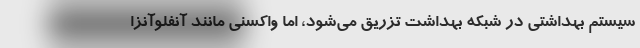
سیستم بهداشتی در شبکه بهداشت تزریق می‌شود، اما واکسنی مانند آنفلوآنزا